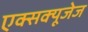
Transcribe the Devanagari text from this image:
एक्सक्यूजेज